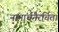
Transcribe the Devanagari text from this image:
नानार्चनैरर्चित।